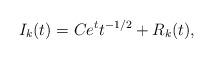
LaTeX: \begin{align*}I_k(t)=C e^t t^{-1/2}+ R_k(t),\end{align*}